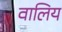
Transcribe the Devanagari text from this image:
वालिय